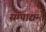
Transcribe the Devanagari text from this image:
सम्पाद्यन्ते